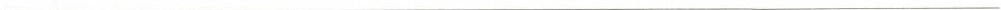
___